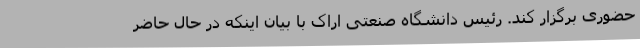
حضوری برگزار کند. رئیس دانشگاه صنعتی اراک با بیان اینکه در حال حاضر